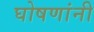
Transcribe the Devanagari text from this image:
घोषणांनी